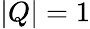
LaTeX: |Q|=1